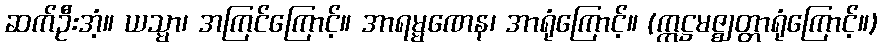
ဆက်ဦးအံ့။ ယသ္မာ၊ အကြင်ကြောင့်။ အာရမ္မဏေန၊ အာရုံကြောင့်။ (ဣဋ္ဌမဇ္ဈတ္တာရုံကြောင့်။)